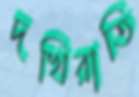
দখিরাতি